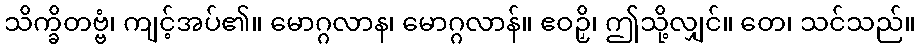
သိက္ခိတဗ္ဗံ၊ ကျင့်အပ်၏။ မောဂ္ဂလာန၊ မောဂ္ဂလာန်။ ဧဝဉှိ၊ ဤသို့လျှင်။ တေ၊ သင်သည်။